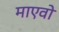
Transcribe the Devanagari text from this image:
माएवो